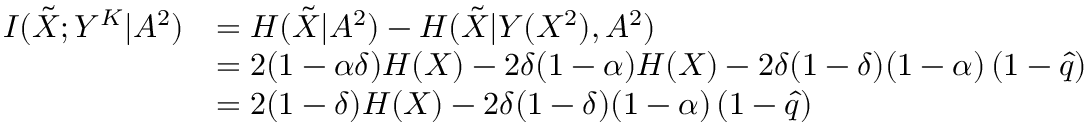
\begin{array} { r l } { I ( \Tilde { { X } } ; { Y } ^ { K } | { A } ^ { 2 } ) } & { = H ( \Tilde { { X } } | { A } ^ { 2 } ) - H ( \Tilde { { X } } | { Y } ( { X } ^ { 2 } ) , { A } ^ { 2 } ) } \\ & { = 2 ( 1 - \alpha \delta ) H ( X ) - 2 \delta ( 1 - \alpha ) H ( X ) - 2 \delta ( 1 - \delta ) ( 1 - \alpha ) \left( 1 - \hat { q } \right) } \\ & { = 2 ( 1 - \delta ) H ( X ) - 2 \delta ( 1 - \delta ) ( 1 - \alpha ) \left( 1 - \hat { q } \right) } \end{array}